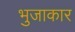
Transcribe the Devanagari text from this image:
भुजाकार